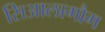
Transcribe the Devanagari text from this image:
सिआलागौग